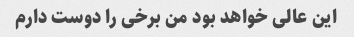
این عالی خواهد بود من برخی را دوست دارم